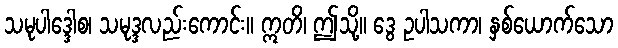
သမုပါဒ္ဒေါစ၊ သမုဒ္ဒလည်းကောင်း။ ဣတိ၊ ဤသို့။ ဒွေ ဥပါသကာ၊ နှစ်ယောက်သော